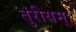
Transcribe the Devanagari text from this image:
तुरीयम्